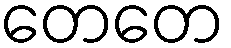
တေတေ